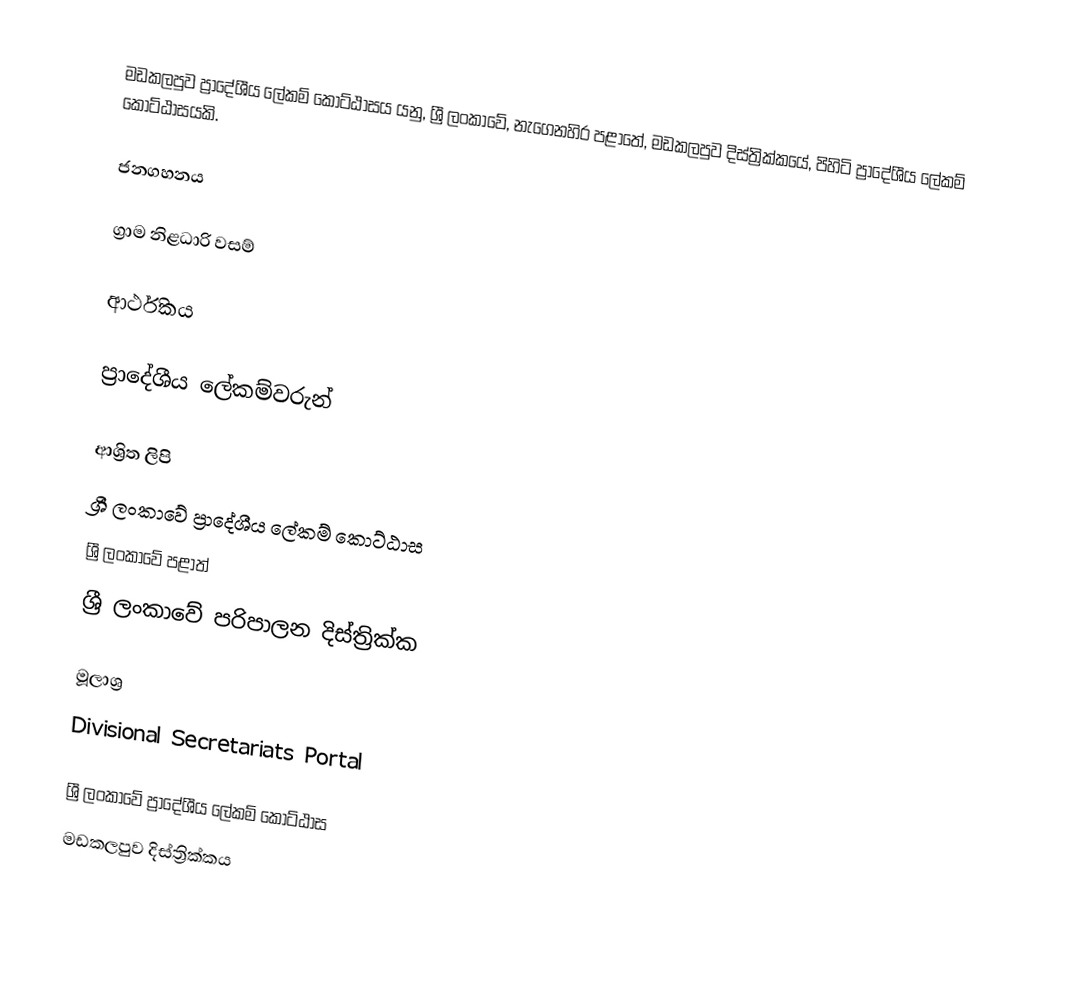
මඩකලපුව ප්‍රාදේශීය ලේකම් කොට්ඨාසය යනු,  ශ්‍රී ලංකාවේ, නැගෙනහිර පළාතේ,   මඩකලපුව දිස්ත්‍රික්කයේ, පිහිටි ප්‍රාදේශීය ලේකම් කොට්ඨාසයකි.

ජනගහනය

ග්‍රාම නිළධාරි වසම්

ආර්ථිකය

ප්‍රාදේශීය ලේකම්වරුන්

ආශ්‍රිත ලිපි
ශ්‍රී ලංකාවේ ප්‍රාදේශීය ලේකම් කොට්ඨාස
ශ්‍රී ලංකාවේ පළාත්
ශ්‍රී ලංකාවේ පරිපාලන දිස්ත්‍රික්ක

මූලාශ්‍ර
 Divisional Secretariats Portal

ශ්‍රී ලංකාවේ ප්‍රාදේශීය ලේකම් කොට්ඨාස
මඩකලපුව දිස්ත්‍රික්කය